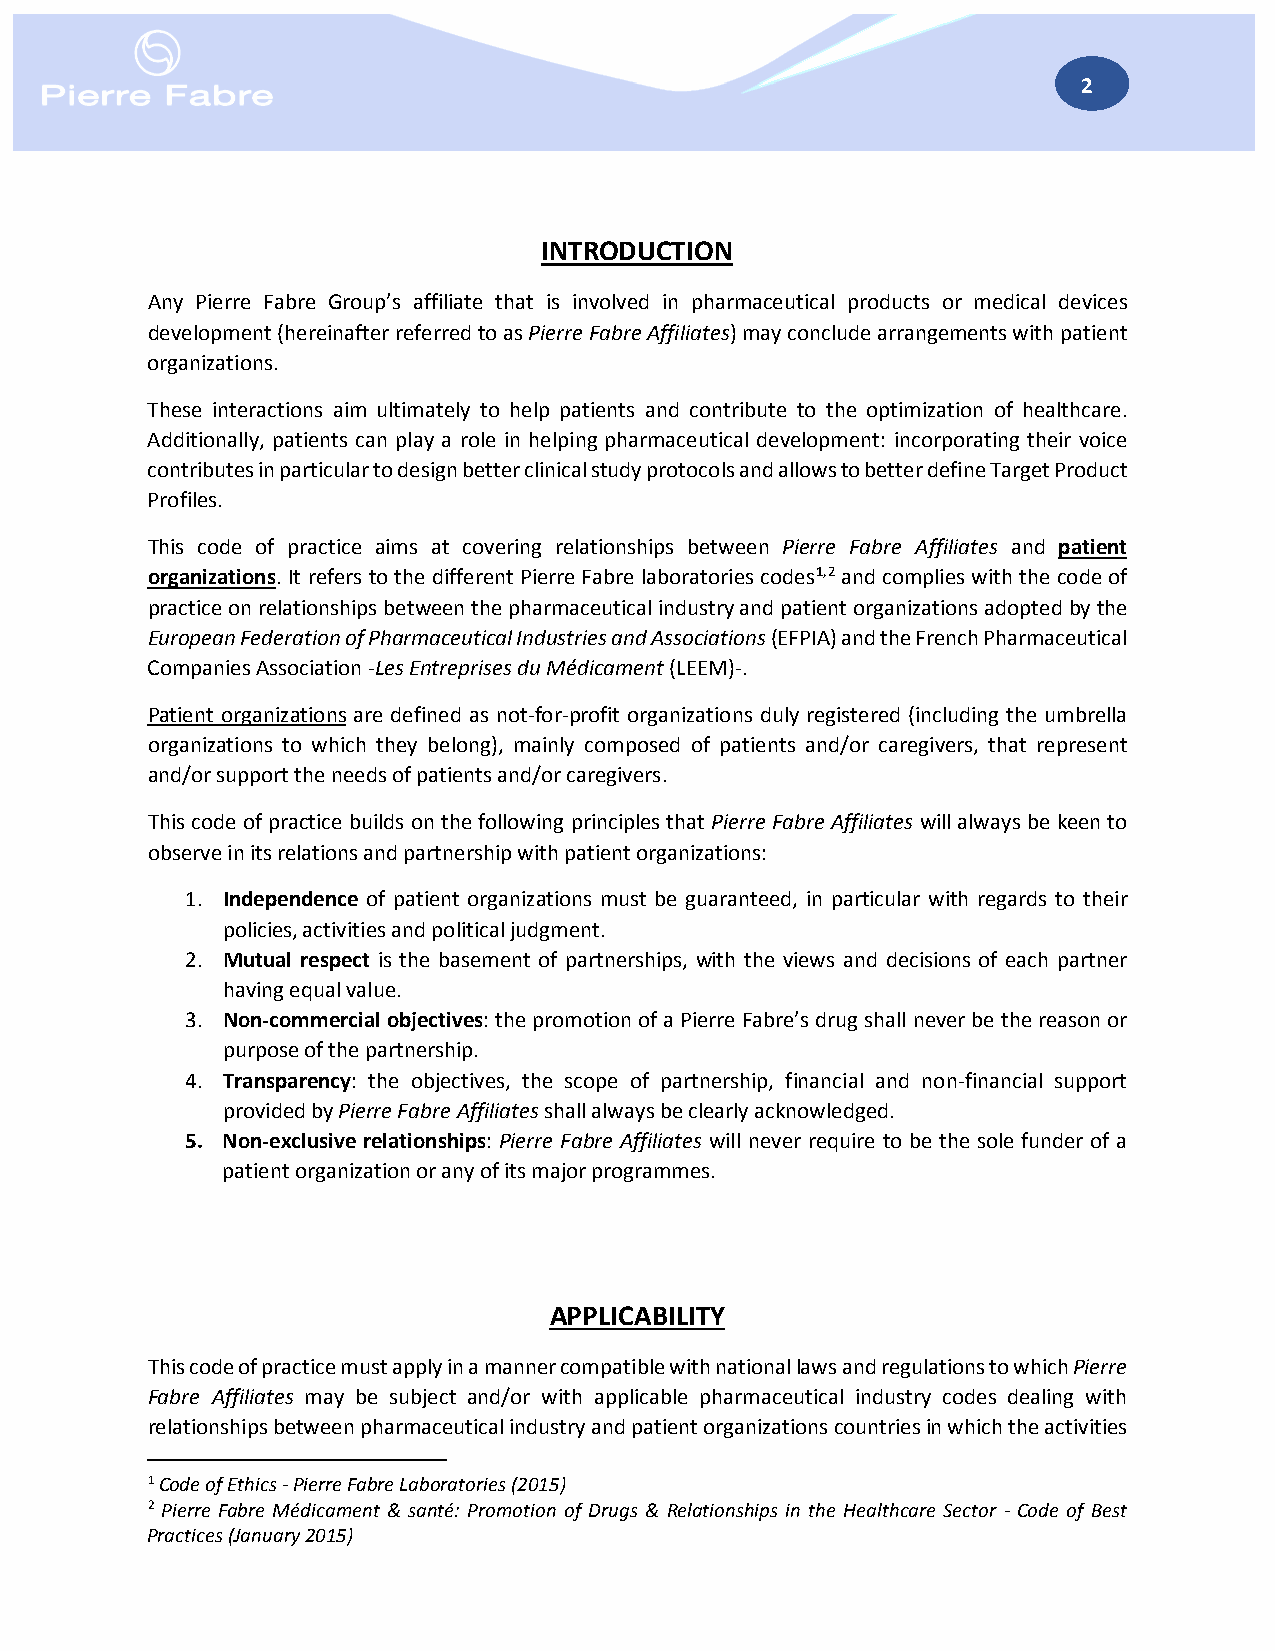
2
 INTRODUCTION
 Any Pierre Fabre Group’s affiliate that is involved in pharmaceutical products or medical devices
 development (hereinafter referred to as Pierre Fabre Affiliates) may conclude arrangements with patient
 organizations.
 These interactions aim ultimately to help patients and contribute to the optimization of healthcare.
 Additionally, patients can play a role in helping pharmaceutical development: incorporating their voice
 contributes in particular to design better clinical study protocols and allows to better define Target Product
 Profiles.
 This code of practice aims at covering relationships between Pierre Fabre Affiliates and patient
 organizations. It refers to the different Pierre Fabre laboratories codes1,2 and complies with the code of
 practice on relationships between the pharmaceutical industry and patient organizations adopted by the
 European Federation of Pharmaceutical Industries and Associations (EFPIA) and the French Pharmaceutical
 Companies Association -Les Entreprises du Médicament (LEEM)-.
 Patient organizations are defined as not-for-profit organizations duly registered (including the umbrella
 organizations to which they belong), mainly composed of patients and/or caregivers, that represent
 and/or support the needs of patients and/or caregivers.
 This code of practice builds on the following principles that Pierre Fabre Affiliates will always be keen to
 observe in its relations and partnership with patient organizations:
 1. Independence of patient organizations must be guaranteed, in particular with regards to their
 policies, activities and political judgment.
 2. Mutual respect is the basement of partnerships, with the views and decisions of each partner
 having equal value.
 3. Non-commercial objectives: the promotion of a Pierre Fabre’s drug shall never be the reason or
 purpose of the partnership.
 4. Transparency: the objectives, the scope of partnership, financial and non-financial support
 provided by Pierre Fabre Affiliates shall always be clearly acknowledged.
 5. Non-exclusive relationships: Pierre Fabre Affiliates will never require to be the sole funder of a
 patient organization or any of its major programmes.
 APPLICABILITY
 This code of practice must apply in a manner compatible with national laws and regulations to which Pierre
 Fabre Affiliates may be subject and/or with applicable pharmaceutical industry codes dealing with
 relationships between pharmaceutical industry and patient organizations countries in which the activities
 1 Code of Ethics - Pierre Fabre Laboratories (2015)
 2 Pierre Fabre Médicament & santé: Promotion of Drugs & Relationships in the Healthcare Sector - Code of Best
 Practices (January 2015)